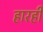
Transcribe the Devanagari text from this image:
हारही